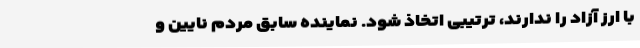
با ارز آزاد را ندارند، ترتیبی اتخاذ شود. نماینده سابق مردم نایین و